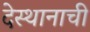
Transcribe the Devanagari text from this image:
देस्थानाची